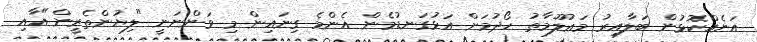
އަނެއްކޮޅުން ބަލާއިރު މަޢުލޫމާތު ހޯދުމަށް އަޅުގަނޑުމެން އެންމެ ގިނައިން މި ވަންނަނީ "ލިޔުންތެރީން"އާއި